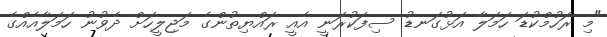
"މި ރަހުމްކުޑަ ހަމަލާ އަޅުގަނޑު ސިފަކުރަނީ އެއީ ރައްޔިތުންގެ މަޖިލީހަށް ދެވުނު ހަމަލާއެއްގެ